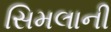
સિમલાની